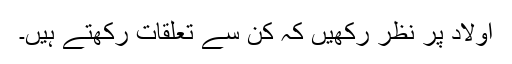
اولاد پر نظر رکھیں کہ کن سے تعلقات رکھتے ہیں۔